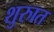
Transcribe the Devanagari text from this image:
शुरुात